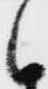
候